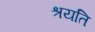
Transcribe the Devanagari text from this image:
श्रयति